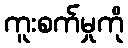
ကူးစက်မှုကို